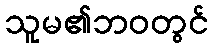
သူမ၏ဘဝတွင်